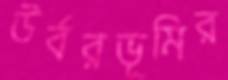
উর্বরভূমির